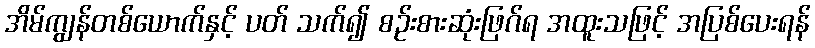
အိမ်ကျွန်တစ်ယောက်နှင့် ပတ် သက်၍ စဉ်းစားဆုံးဖြဂ်ရ အထူးသဖြင့် အပြစ်ပေးရန်